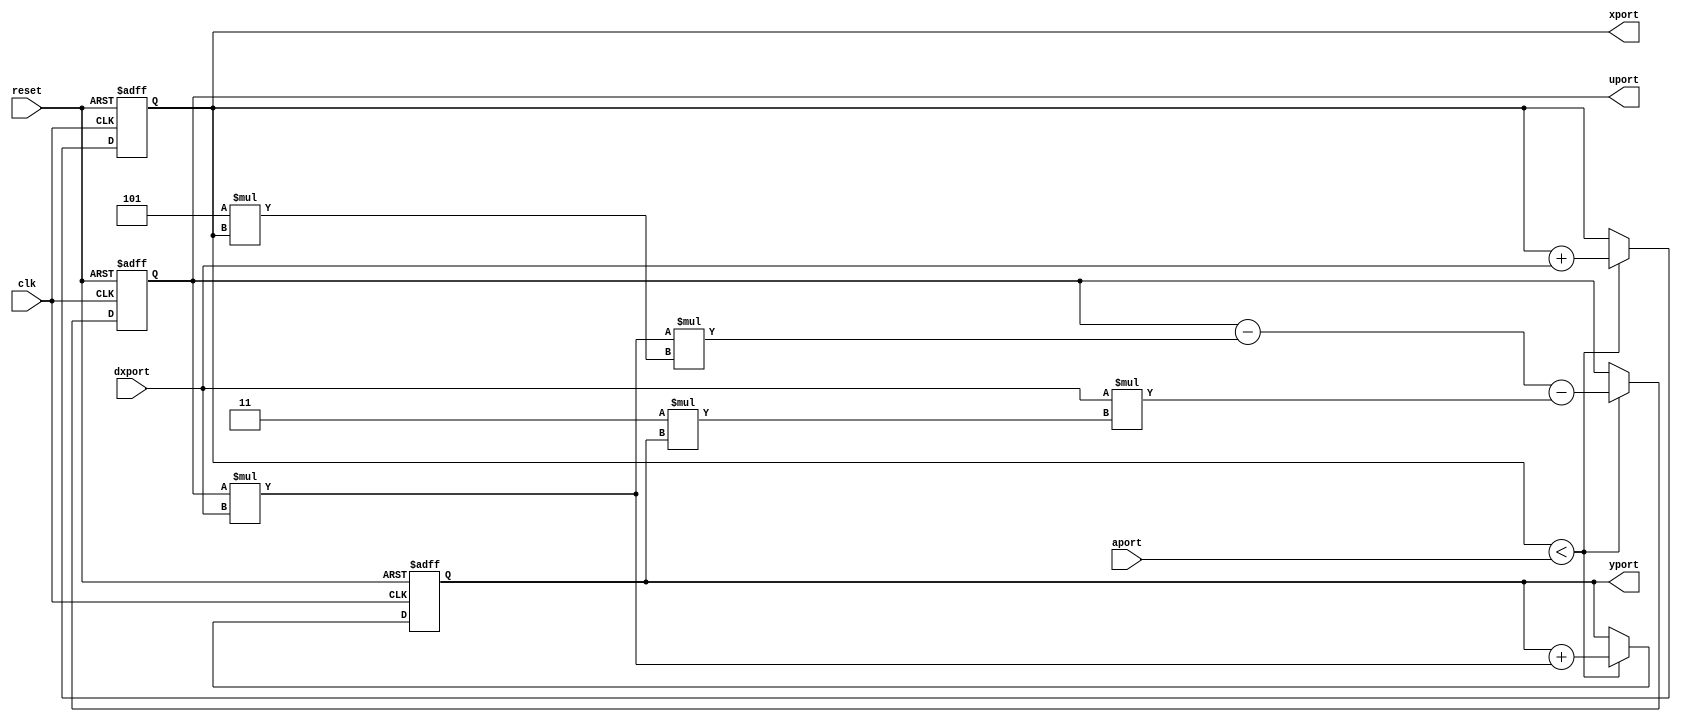
module diffeq_f_systemC_1(aport, dxport, xport, yport, uport, clk, reset);
input clk;
input reset;
input [31:0]aport;
input [31:0]dxport;
output [31:0]xport;
output [31:0]yport;
output [31:0]uport;
reg [31:0]xport;
reg [31:0]yport;
reg [31:0]uport;
wire [31:0]temp;
assign temp = uport * dxport;
always @(posedge clk or posedge reset)
begin
	if (reset == 1'b1)
	begin
		xport <= 0;
		yport <= 0;
		uport <= 0;
	end
else
  	if (xport < aport) 
	begin
		xport <= xport + dxport;
		yport <= yport + temp;
		uport <= (uport - (temp * (5 * xport))) - (dxport * (3 * yport));
	end
end
endmodule